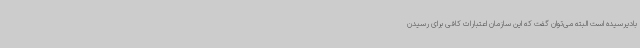
بادیرسیده است البته می‌توان گفت که این سازمان اعتبارات کافی برای رسیدن